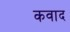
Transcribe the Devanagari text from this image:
कवाद